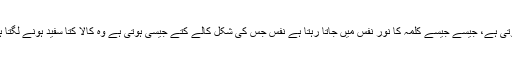
جب کسی کا نفس کلمہ پڑھ لیتا ہے تو ناف کے گرد حرکت محسوس ہوتی ہے، جیسے جیسے کلمہ کا نور نفس میں جاتا رہتا ہے نفس جس کی شکل کالے کتے جیسی ہوتی ہے وہ کالا کتا سفید ہونے لگتا ہے اور نفس امارگی سے نکل کر نفس لوامہ کی جانب بڑھنے لگتا ہے۔